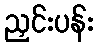
ညှင်းပန်း